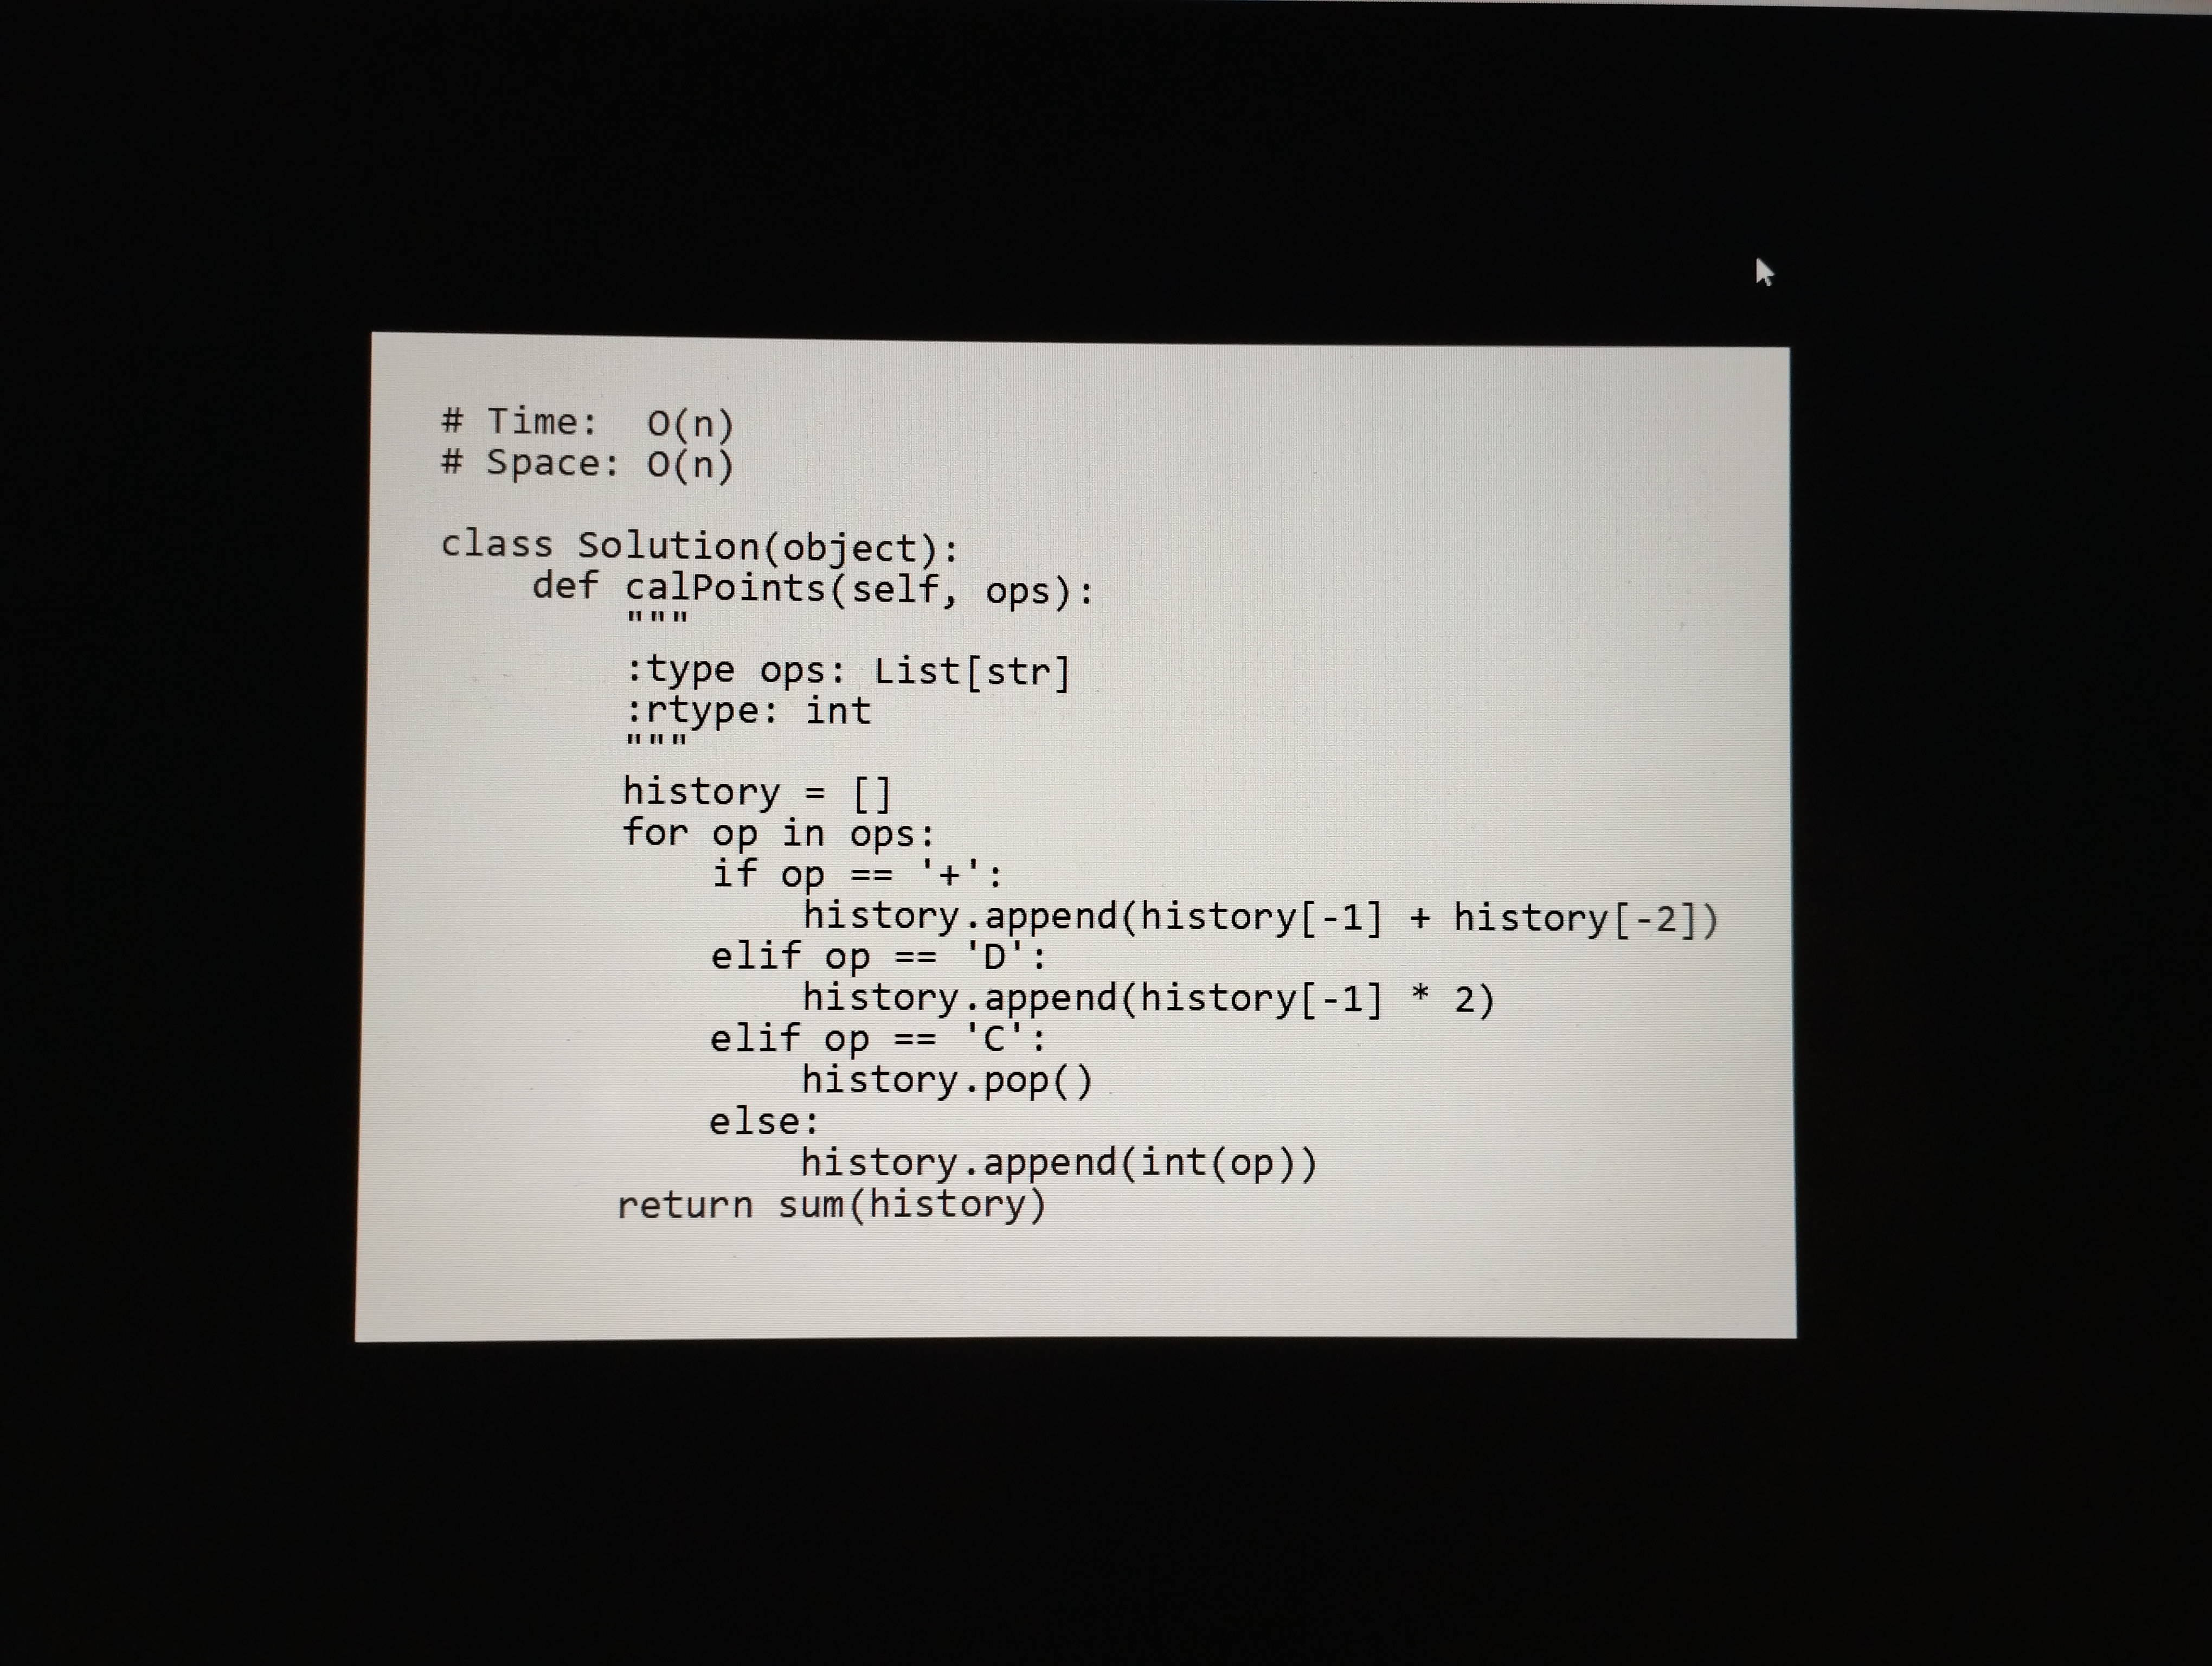
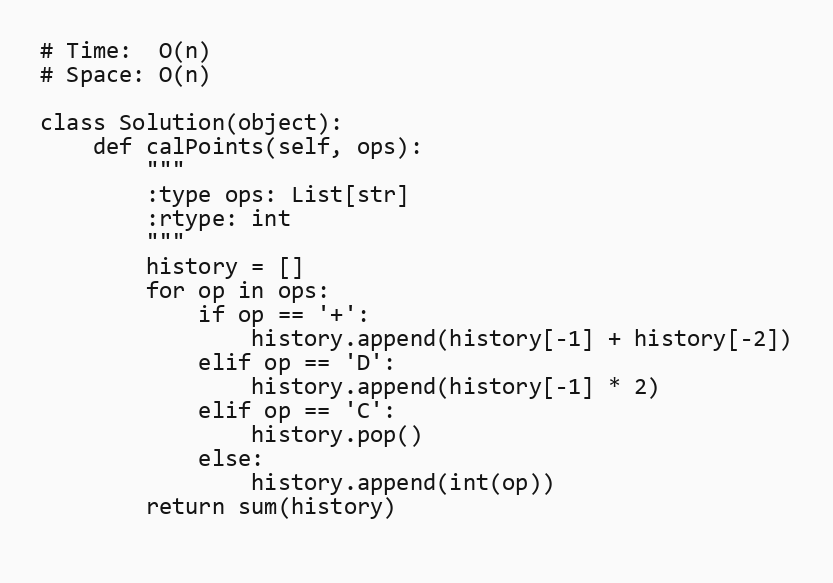
# Time:  O(n)
# Space: O(n)

class Solution(object):
    def calPoints(self, ops):
        """
        :type ops: List[str]
        :rtype: int
        """
        history = []
        for op in ops:
            if op == '+':
                history.append(history[-1] + history[-2])
            elif op == 'D':
                history.append(history[-1] * 2)
            elif op == 'C':
                history.pop()
            else:
                history.append(int(op))
        return sum(history)